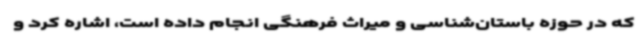
که در حوزه باستان‌شناسی و میراث فرهنگی انجام داده است، اشاره کرد و